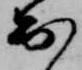
出